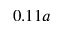
0 . 1 1 a